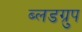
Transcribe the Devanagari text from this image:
ब्लडग्रुप